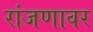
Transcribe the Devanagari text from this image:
रांजणावर